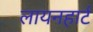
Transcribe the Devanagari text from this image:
लायनहार्ट